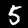
Label: 5